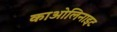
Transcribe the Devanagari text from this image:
काओलिनाइट